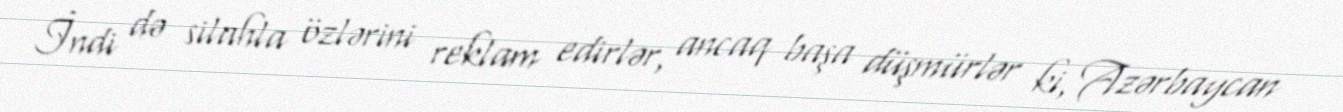
İndi də silahla özlərini reklam edirlər, ancaq başa düşmürlər ki, Azərbaycan